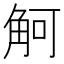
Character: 𲁚